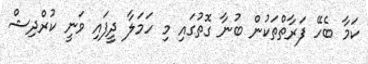
ކަމާ ބެހޭ ފަރާތްތަކުން ބުނާ ގޮތުގައި މި ހަމަލާ ދީފައި ވަނީ ކުރްދިޝް